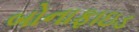
બોનાફાઇડ